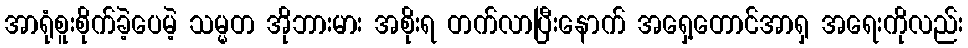
အာရုံစူးစိုက်ခဲ့ပေမဲ့ သမ္မတ အိုဘားမား အစိုးရ တက်လာပြီးနောက် အရှေ့တောင်အာရှ အရေးကိုလည်း